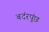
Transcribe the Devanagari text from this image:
बदंरपूंछ